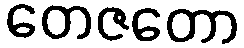
တေဇတော